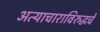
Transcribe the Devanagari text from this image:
अत्याचाराविरुद्धचे